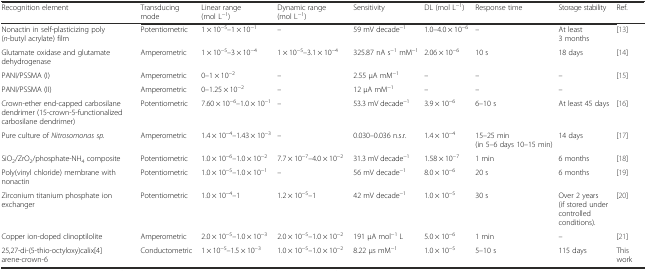
<table><thead><tr><td><b>Recognition element</b></td><td><b>Transducing mode</b></td><td><b>Linear range (mol L<sup>−1</sup>)</b></td><td><b>Dynamic range (mol L<sup>−1</sup>)</b></td><td><b>Sensitivity</b></td><td><b>DL (mol L<sup>−1</sup>)</b></td><td><b>Response time</b></td><td><b>Storage stability</b></td><td><b>Ref.</b></td></tr></thead><tbody><tr><td>Nonactin in self-plasticizing poly(<i>n</i>-butyl acrylate) film</td><td>Potentiometric</td><td>1 × 10<sup>−5</sup>–1 × 10<sup>−1</sup></td><td>–</td><td>59 mV decade<sup>−1</sup></td><td>1.0–4.0 × 10<sup>−6</sup></td><td>–</td><td>At least 3 months</td><td>[13]</td></tr><tr><td>Glutamate oxidase and glutamate dehydrogenase</td><td>Amperometric</td><td>1 × 10<sup>−5</sup>–3 × 10<sup>−4</sup></td><td>1 × 10<sup>−5</sup>–3.1 × 10<sup>−4</sup></td><td>325.87 nA s<sup>−1</sup> mM<sup>−1</sup></td><td>2.06 × 10<sup>−6</sup></td><td>10 s</td><td>18 days</td><td>[14]</td></tr><tr><td>PANI/PSSMA (I)</td><td>Amperometric</td><td>0–1 × 10<sup>−2</sup></td><td>–</td><td>2.55 μA mM<sup>−1</sup></td><td>–</td><td>–</td><td>–</td><td rowspan="2">[15]</td></tr><tr><td>PANI/PSSMA (II)</td><td>Amperometric </td><td>0–1.25 × 10<sup>−2</sup></td><td>–</td><td>12 μA mM<sup>−1</sup></td><td>–</td><td>–</td><td>–</td></tr><tr><td>Crown-ether end-capped carbosilane dendrimer (15-crown-5-functionalized carbosilane dendrimer)</td><td>Potentiometric</td><td>7.60 × 10<sup>−6</sup>–1.0 × 10<sup>−1</sup></td><td>–</td><td>53.3 mV decade<sup>−1</sup></td><td>3.9 × 10<sup>−6</sup></td><td>6–10 s</td><td>At least 45 days</td><td>[16]</td></tr><tr><td>Pure culture of <i>Nitrosomonas sp.</i></td><td>Amperometric</td><td>1.4 × 10<sup>−4</sup>–1.43 × 10<sup>−3</sup></td><td>–</td><td>0.030–0.036 n.s.r.</td><td>1.4 × 10<sup>−4</sup></td><td>15–25 min (in 5–6 days 10–15 min)</td><td>14 days</td><td>[17]</td></tr><tr><td>SiO<sub>2</sub>/ZrO<sub>2</sub>/phosphate-NH<sub>4</sub> composite</td><td>Potentiometric</td><td>1.0 × 10<sup>−6</sup>–1.0 × 10<sup>−2</sup></td><td>7.7 × 10<sup>−7</sup>–4.0 × 10<sup>−2</sup></td><td>31.3 mV decade<sup>−1</sup></td><td>1.58 × 10<sup>−7</sup></td><td>1 min</td><td>6 months</td><td>[18]</td></tr><tr><td>Poly(vinyl chloride) membrane with nonactin</td><td>Potentiometric</td><td>1.0 × 10<sup>−5</sup>–1.0 × 10<sup>−1</sup></td><td>–</td><td>56 mV decade<sup>−1</sup></td><td>8.0 × 10<sup>−6</sup></td><td>20 s</td><td>6 months</td><td>[19]</td></tr><tr><td>Zirconium titanium phosphate ion exchanger</td><td>Potentiometric</td><td>1.0 × 10<sup>−4</sup>–1</td><td>1.2 × 10<sup>−5</sup>–1</td><td>42 mV decade<sup>−1</sup></td><td>1.0 × 10<sup>−5</sup></td><td>30 s</td><td>Over 2 years (if stored under controlled conditions).</td><td>[20]</td></tr><tr><td>Copper ion-doped clinoptilolite</td><td>Amperometric</td><td>2.0 × 10<sup>−5</sup>–1.0 × 10<sup>−3</sup></td><td>2.0 × 10<sup>−5</sup>–1.0 × 10<sup>−2</sup></td><td>191 μA mol<sup>−1</sup> L</td><td>5.0 × 10<sup>−6</sup></td><td>1 min</td><td>–</td><td>[21]</td></tr><tr><td>25,27-di-(5-thio-octyloxy)calix[4]arene-crown-6</td><td>Conductometric</td><td>1 × 10<sup>−5</sup>–1.5 × 10<sup>−3</sup></td><td>1.0 × 10<sup>−5</sup>–1.0 × 10<sup>−2</sup></td><td>8.22 μs mM<sup>−1</sup></td><td>1.0 × 10<sup>−5</sup></td><td>5–10 s</td><td>115 days</td><td>This work</td></tr></tbody></table>